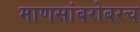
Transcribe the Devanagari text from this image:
माणसांबरोबरच